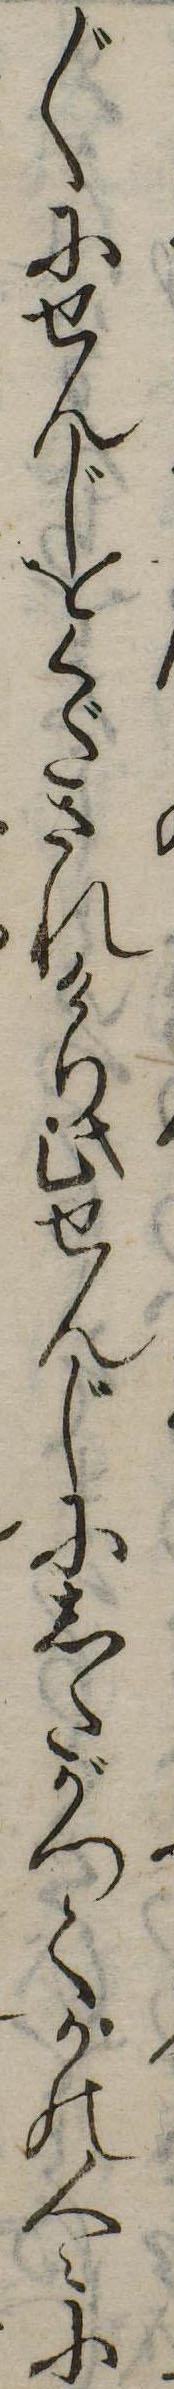
〲にせんじをくだされけり此せんじにしたがつてかの人々に